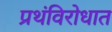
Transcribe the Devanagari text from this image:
प्रथंविरोधात